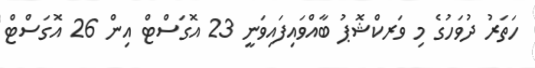
ހަތަރު ދުވަހުގެ މި ވަރކްޝޮޕު ބާއްވައިފައިވަނީ 23 އޮގަސްޓް އިން 26 އޮގަސްޓް